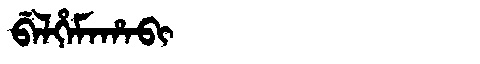
Manchu: ᠪᡝᠯᡥᡝᠮᠠᡥᠠᠪᡳ
Romanization: BELHEMAHABI